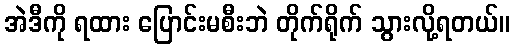
အဲဒီကို ရထား ပြောင်းမစီးဘဲ တိုက်ရိုက် သွားလို့ရတယ်။